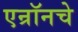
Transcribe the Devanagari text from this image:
एन्रॉनचे